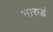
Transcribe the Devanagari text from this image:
भारुडं